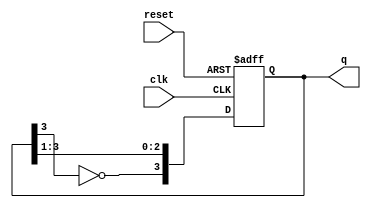
module johnson_counter (
    input wire clk,       // Clock input
    input wire reset,     // Asynchronous reset
    output reg [3:0] q    // 4-bit output
);

// Always block triggered on the rising edge of the clock or when reset is high
always @(posedge clk or posedge reset) begin
    if (reset) begin
        // Initialize counter to 0 on reset
        q <= 4'b0000;
    end else begin
        // Johnson counter logic
        q <= {~q[3], q[3:1]}; // Shift and invert the last bit
    end
end

endmodule